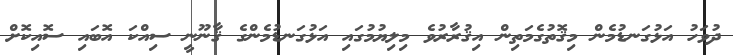
ދުވަހު އަޅުގަނޑުމެން މިޤޮތުގެމަތިން އިޤުރާރުވެ މިލިޔުމުގައި އަޅުގަނޑުމެންގެ ޤާނޫނީ ސިއްކަ އޮބައި ސޮއިކޮށް